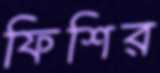
ফিশির